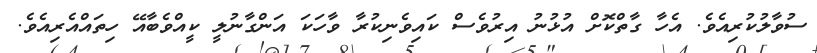
ސުވާލުކުރިއެވެ. އެހާ ގާތްކޮށް އުޅުނު އިރުވެސް ކައިވެނިކުރާ ވާހަކަ އަންގާނުލީ ކީއްވެބާއޭ ހިތައްއެރިއެވެ.